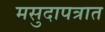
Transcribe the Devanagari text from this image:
मसुदापत्रात